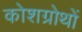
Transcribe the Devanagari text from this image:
कोशग्रोथों